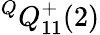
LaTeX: {}^{Q}Q_{11}^{+}(2)